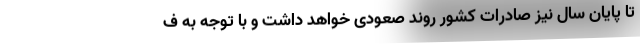
تا پایان سال نیز صادرات کشور روند صعودی خواهد داشت و با توجه به ف